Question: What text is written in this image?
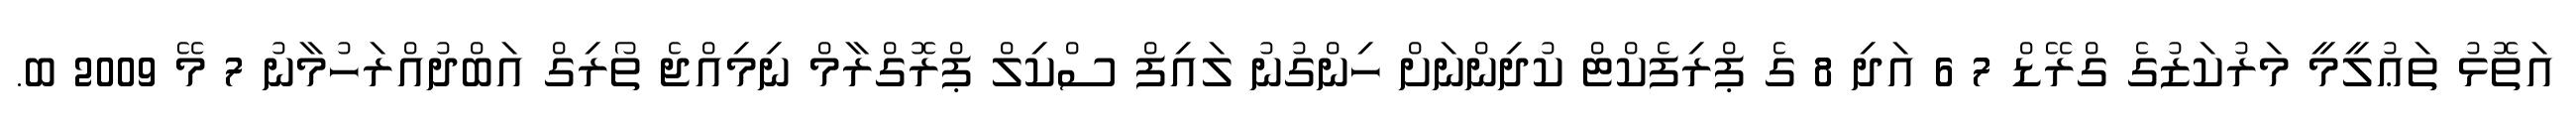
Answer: އަތޮޅު ތަޢުލީމީ މަރުކަޒުގެ ގްރޭޑް 7 6 އަދި 8 ގެ ޕްރިފެކްޓް ކުދިންނަށް ހިންގުނު ލައިފް ސްކިލް ޕްރޮގްރާމް ނިމިއްޖެ ތޯރިގް އަބްދުއްރަހުމާނު 7 މޭ 2009 ބ.